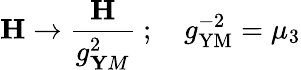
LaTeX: {\mathbf H}\to{\frac{\mathbf H}{g_{\mathbf YM}^{2}}}\ ;\quad g_{\mathrm{YM}}^{-2}=\mu_{3}